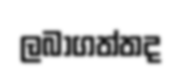
ලබාගත්තද